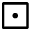
\boxdot